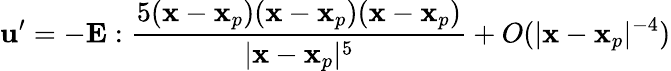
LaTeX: \mathbf{u}^{\prime}=-\mathbf{E}:\frac{5(\mathbf{x}-\mathbf{x}_{p})(\mathbf{x}-\mathbf{x}_{p})(\mathbf{x}-\mathbf{x}_{p})}{|\mathbf{x}-\mathbf{x}_{p}|^{5}}+O(|\mathbf{x}-\mathbf{x}_{p}|^{-4})